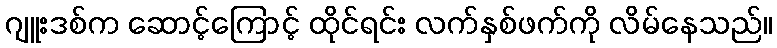
ဂျူးဒစ်က ဆောင့်ကြောင့် ထိုင်ရင်း လက်နှစ်ဖက်ကို လိမ်နေသည်။